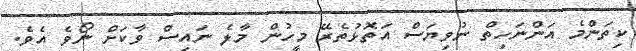
ކިތަންމެ އަންނަހިތް ނުވިޔަސް އަތޮޅުތެރޭ މީހުން މާލެ ނައިސް ވާކަށް ނޯވެ އެވެ.